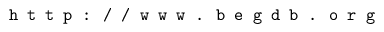
\texttt { h t t p : / / w w w . b e g d b . o r g }